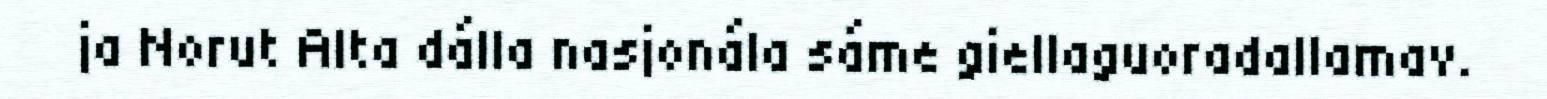
ja Norut Alta dálla nasjonála sáme giellaguoradallamav.